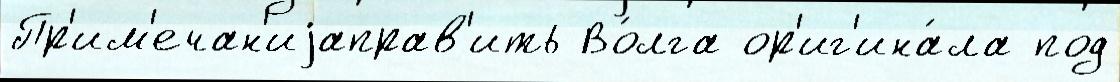
Пр'им'ечан'иjаправ'ить Во́лга ор'иг'ина́ла под